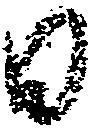
日